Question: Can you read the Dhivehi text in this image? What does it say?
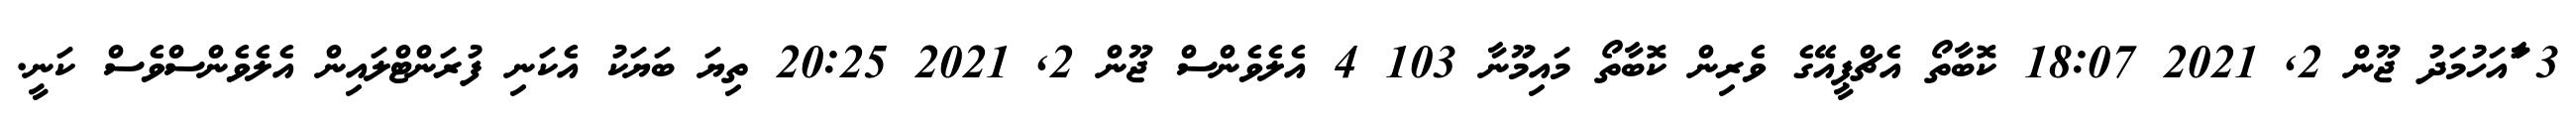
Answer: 3 ާައަހުމަދު ޖޫން 2, 2021 18:07 ކޮބާތޯ އެޗްޕީއޭގެ ވެރިން ކޮބާތޯ މައިމޫނާ 103 4 އެލެވެންސް ޖޫން 2, 2021 20:25 ތިޔަ ބަޔަކު އެކަނި ފުރަންޓްލައިން އެލެވެންސްވެސް ކަނީ.